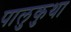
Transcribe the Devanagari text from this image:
पालुकुथा